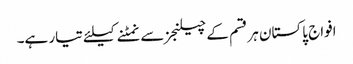
افواج پاکستان ہر قسم کے چیلنجز سے نمٹنے کیلئے تیار ہے۔